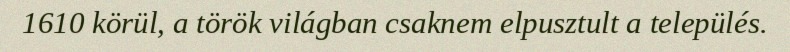
1610 körül, a török világban csaknem elpusztult a település.